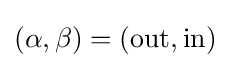
(\alpha ,\beta )=({\text{out}},{\text{in}})